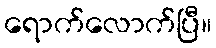
ရောက်လောက်ပြီ။